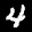
Label: 4